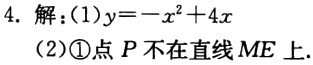
4. 解：(1)$y = -x^{2}+4x$
(2)\textcircled{1}点\(P\)不在直线\(ME\)上.